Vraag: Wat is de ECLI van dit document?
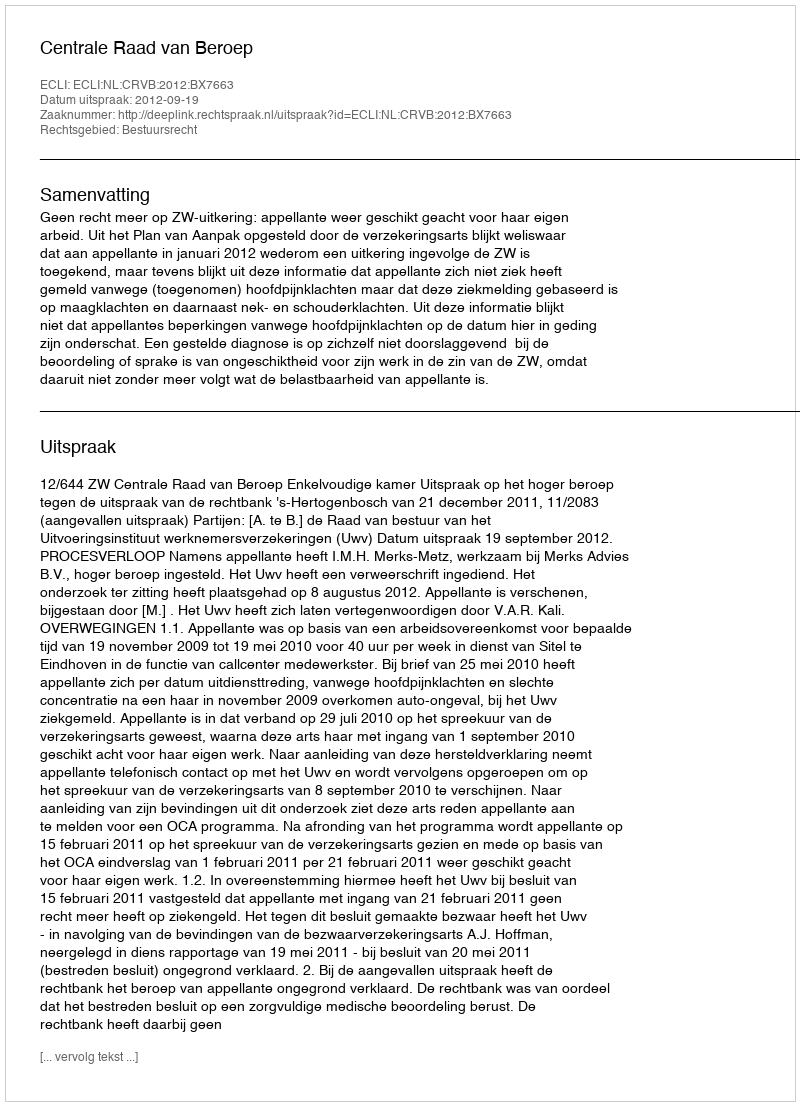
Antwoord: ECLI:NL:CRVB:2012:BX7663